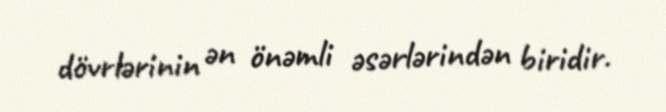
dövrlərinin ən önəmli əsərlərindən biridir.